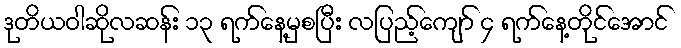
ဒုတိယဝါဆိုလဆန်း ၁၃ ရက်နေ့မှစပြီး လပြည့်ကျော် ၄ ရက်နေ့တိုင်အောင်